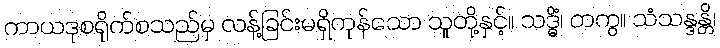
ကာယဒုစရိုက်စသည်မှ လန့်ခြင်းမရှိကုန်သော သူတို့နှင့်။ သဒ္ဓိံ၊ တကွ။ သံသန္ဒန္တိ၊